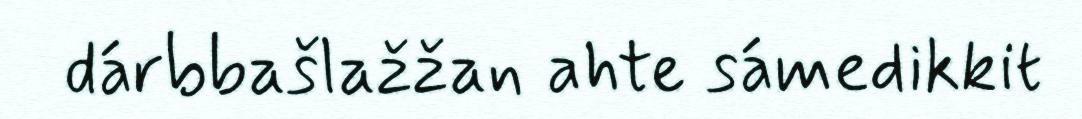
dárbbašlažžan ahte sámedikkit